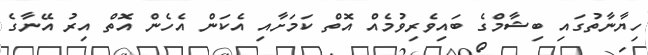
ހިޔާނާތުގައި ބިޝާމްގެ ބައިވެރިވުމެއް އޮތް ކަމަށާއި އެކަން އެހެން އޮތް އިރު އޭނާގެ